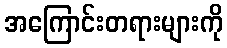
အကြောင်းတရားများကို